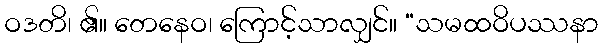
ဝဒတိ၊ ၏။ တေနေဝ၊ ကြောင့်သာလျှင်။ “သမထဝိပဿနာ